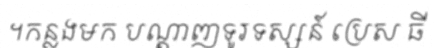
។កន្លងមក បណ្តាញទូរទស្សន៍ ប្រេស ធី